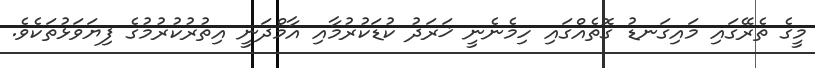
މީގެ ތެރޭގައި މައިގަނޑު ގޮތެއްގައި ހިމެނެނީ ޚަރަދު ކުޑަކުރުމާއި އާމްދަނީ އިތުރުކުރުމުގެ ފިޔަވަޅުތަކެވެ.